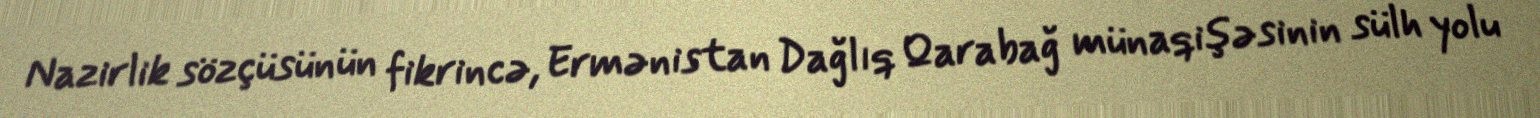
Nazirlik sözçüsünün fikrincə, Ermənistan Dağlıq Qarabağ münaqişəsinin sülh yolu